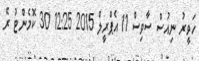
ހަވީރު ނިއުސް ސާވިސް 11 އެޕްރީލް 2015 12:25 30 ކޮމެންޓު ރޭ